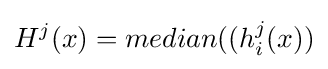
H^{j}(x)=median((h_{i}^{j}(x))